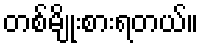
တစ်မျိုးစားရတယ်။